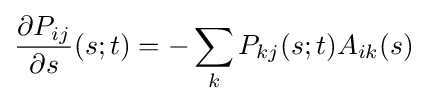
{\frac {\partial P_{ij}}{\partial s}}(s;t)=-\sum _{k}P_{kj}(s;t)A_{ik}(s)